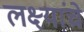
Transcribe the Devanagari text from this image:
लक्ष्यांचे